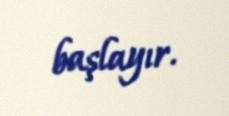
başlayır.